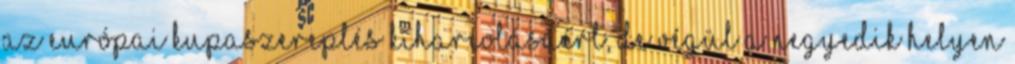
az európai kupaszereplés kiharcolásáért, de végül a negyedik helyen